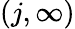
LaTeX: (j,\infty)